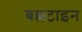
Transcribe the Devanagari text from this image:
बल्लटाइन